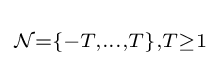
\scriptstyle {\mathcal {N}}=\{-T,\dots ,T\},T\geq 1